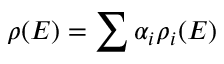
{ \rho } ( E ) = \sum { { \alpha } _ { i } { \rho } _ { i } ( E ) }